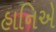
હાનિએ